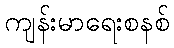
ကျန်းမာရေးစနစ်